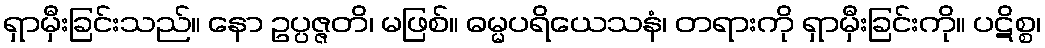
ရှာမှီးခြင်းသည်။ နော ဥပ္ပဇ္ဇတိ၊ မဖြစ်။ ဓမ္မပရိယေသနံ၊ တရားကို ရှာမှီးခြင်းကို။ ပဋိစ္စ၊